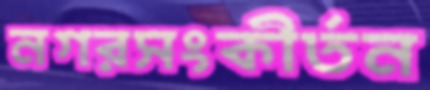
নগরসংকীর্তন